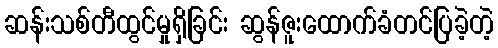
ဆန်းသစ်တီထွင်မှုရှိခြင်း ဆွန်ဇူးထောက်ခံတင်ပြခဲ့တဲ့